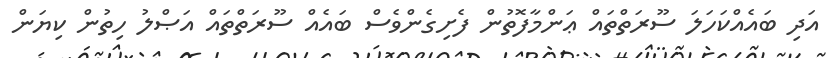
އަދި ބައެއްކަހަލަ ސޫރަތްތައް ޢަންމާފޮތުން ފެށިގެންވެސް ބައެއް ސޫރަތްތައް އަޞްލު ހިތުން ކިޔަން